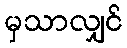
မှသာလျှင်